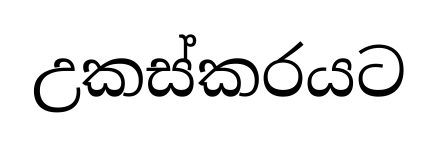
උකස්කරයට